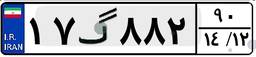
۳۷گ۷۳۹۹۰